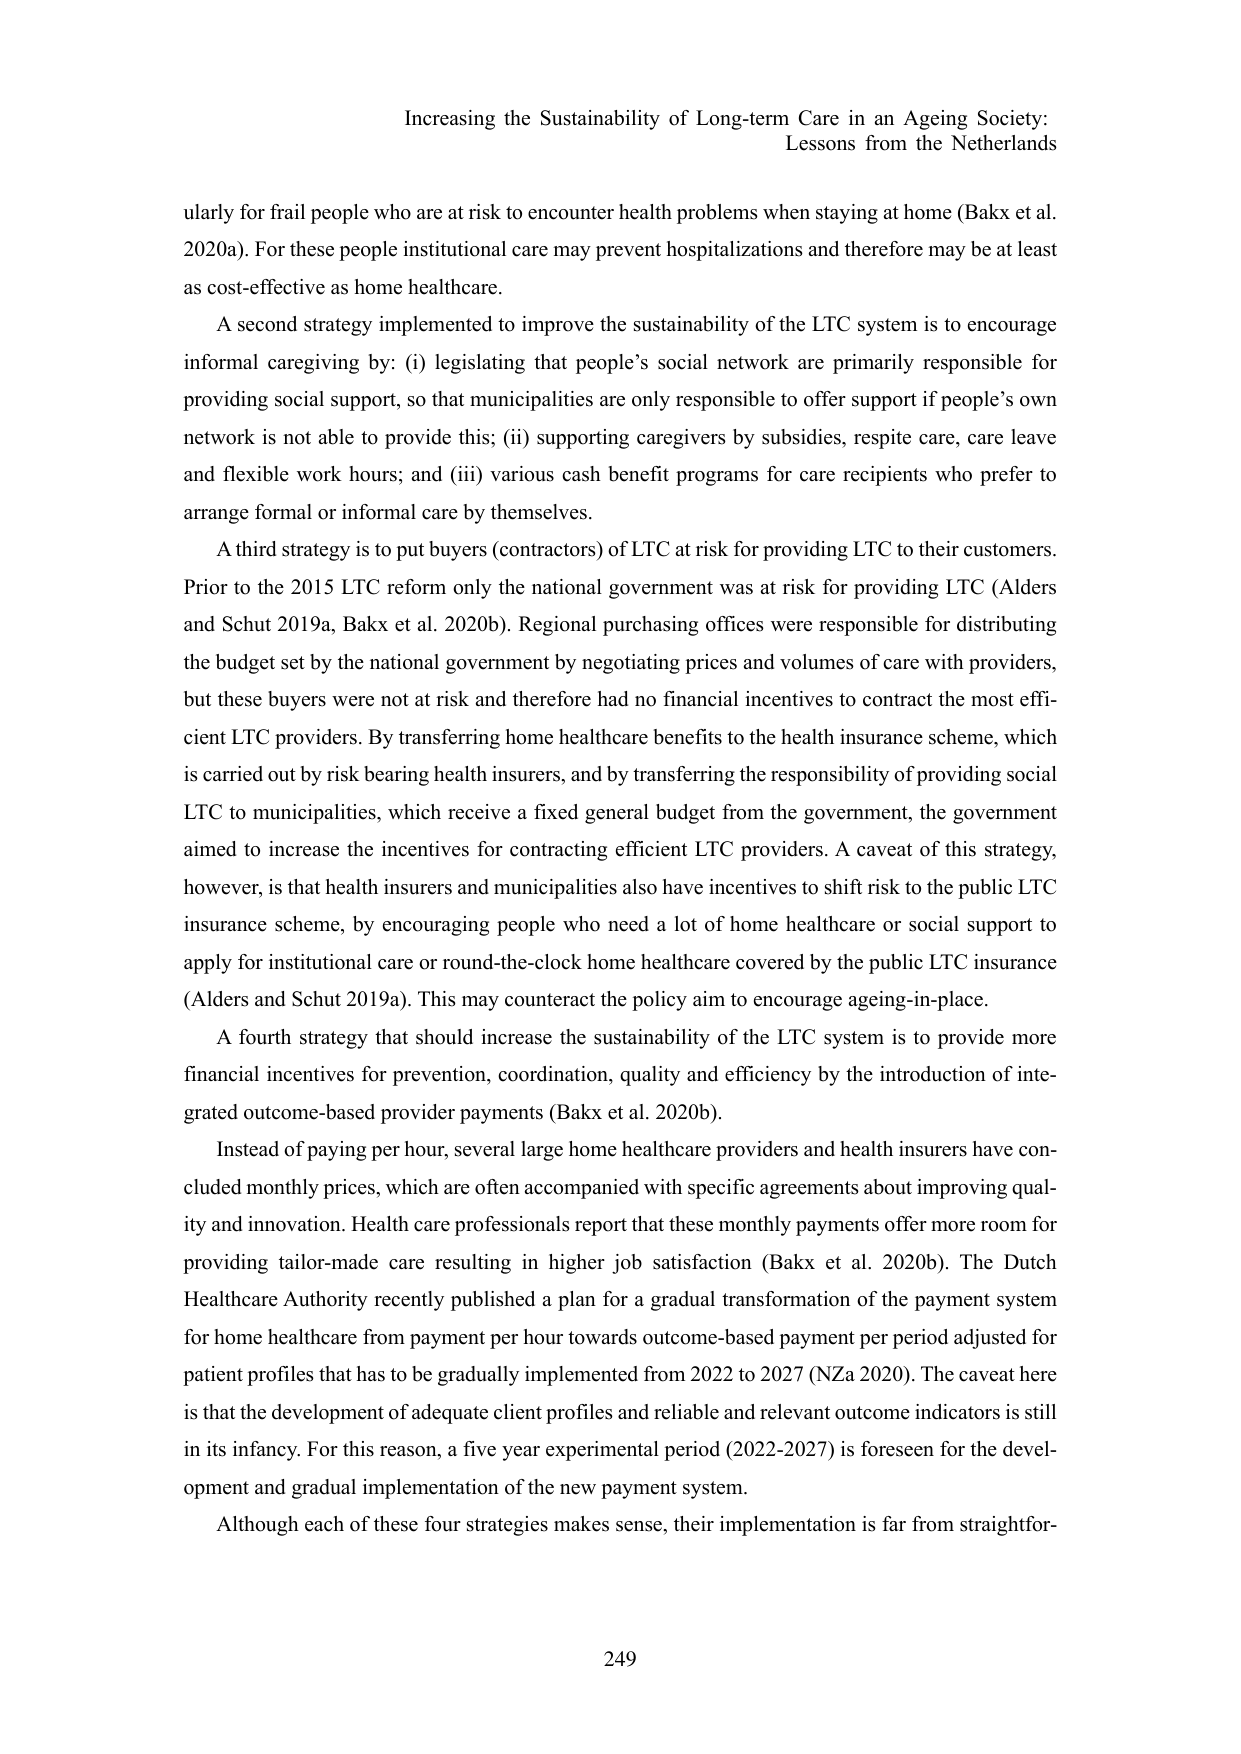
Increasing the Sustainability of Long-term Care in an Ageing Society:
Lessons from the Netherlands

ularly for frail people who are at risk to encounter health problems when staying at home (Bakx et al. 2020a). For these people institutional care may prevent hospitalizations and therefore may be at least as cost-effective as home healthcare.

A second strategy implemented to improve the sustainability of the LTC system is to encourage informal caregiving by: (i) legislating that people’s social network are primarily responsible for providing social support, so that municipalities are only responsible to offer support if people’s own network is not able to provide this; (ii) supporting caregivers by subsidies, respite care, care leave and flexible work hours; and (iii) various cash benefit programs for care recipients who prefer to arrange formal or informal care by themselves.

A third strategy is to put buyers (contractors) of LTC at risk for providing LTC to their customers. Prior to the 2015 LTC reform only the national government was at risk for providing LTC (Alders and Schut 2019a, Bakx et al. 2020b). Regional purchasing offices were responsible for distributing the budget set by the national government by negotiating prices and volumes of care with providers, but these buyers were not at risk and therefore had no financial incentives to contract the most efficient LTC providers. By transferring home healthcare benefits to the health insurance scheme, which is carried out by risk bearing health insurers, and by transferring the responsibility of providing social LTC to municipalities, which receive a fixed general budget from the government, the government aimed to increase the incentives for contracting efficient LTC providers. A caveat of this strategy, however, is that health insurers and municipalities also have incentives to shift risk to the public LTC insurance scheme, by encouraging people who need a lot of home healthcare or social support to apply for institutional care or round-the-clock home healthcare covered by the public LTC insurance (Alders and Schut 2019a). This may counteract the policy aim to encourage ageing-in-place.

A fourth strategy that should increase the sustainability of the LTC system is to provide more financial incentives for prevention, coordination, quality and efficiency by the introduction of integrated outcome-based provider payments (Bakx et al. 2020b).

Instead of paying per hour, several large home healthcare providers and health insurers have concluded monthly prices, which are often accompanied with specific agreements about improving quality and innovation. Health care professionals report that these monthly payments offer more room for providing tailor-made care resulting in higher job satisfaction (Bakx et al. 2020b). The Dutch Healthcare Authority recently published a plan for a gradual transformation of the payment system for home healthcare from payment per hour towards outcome-based payment per period adjusted for patient profiles that has to be gradually implemented from 2022 to 2027 (NZa 2020). The caveat here is that the development of adequate client profiles and reliable and relevant outcome indicators is still in its infancy. For this reason, a five year experimental period (2022-2027) is foreseen for the development and gradual implementation of the new payment system.

Although each of these four strategies makes sense, their implementation is far from straightfor-

249